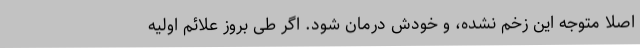
اصلاً متوجه این زخم نشده، و خودش درمان شود. اگر طی بروز علائم اولیه